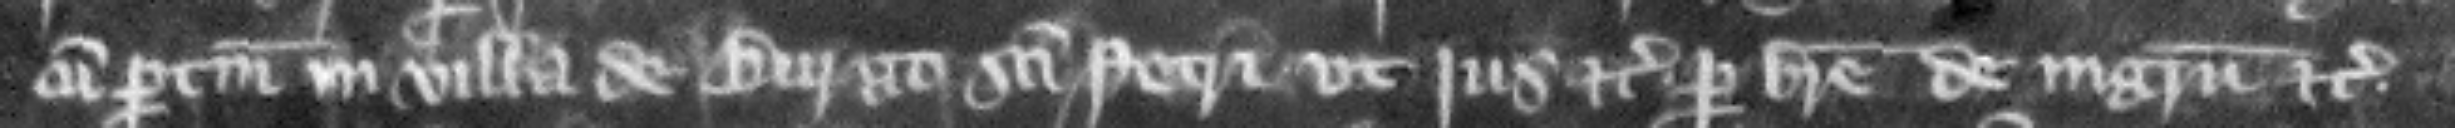
cum pertinenciis in villa de Burgo Sancti Petri vt ius etc. per breue de ingressu etc.